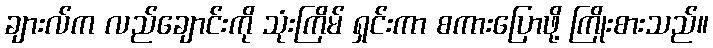
ချားလ်က လည်ချောင်းကို သုံးကြိမ် ရှင်းကာ စကားပြောဖို့ ကြိုးစားသည်။